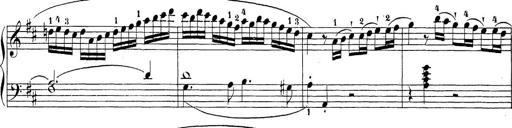
Title: Sonatina Album
Composer: Louis KÃ¶hler